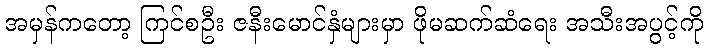
အမှန်ကတော့ ကြင်စဦး ဇနီးမောင်နှံများမှာ ဖိုမဆက်ဆံရေး အသီးအပွင့်ကို